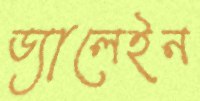
ড্যালেইন